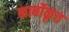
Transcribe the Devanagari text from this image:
कार्बोकृत